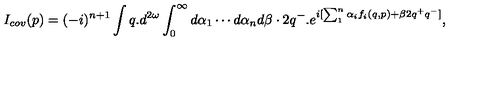
I _ { c o v } ( p ) = ( - i ) ^ { n + 1 } \int q . d ^ { 2 \omega } \int _ { 0 } ^ { \infty } d \alpha _ { 1 } \cdots d \alpha _ { n } d \beta \cdot 2 q ^ { - } . e ^ { i [ \sum _ { 1 } ^ { n } \alpha _ { i } f _ { i } ( q , p ) + \beta 2 q ^ { + } q ^ { - } ] } ,